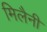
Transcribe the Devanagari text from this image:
मिलैनी